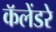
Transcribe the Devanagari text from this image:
कॅलेंडरे